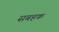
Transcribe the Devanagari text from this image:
सबहक